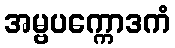
အမ္ဗပက္ကောဒကံ